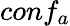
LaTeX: conf_{a}